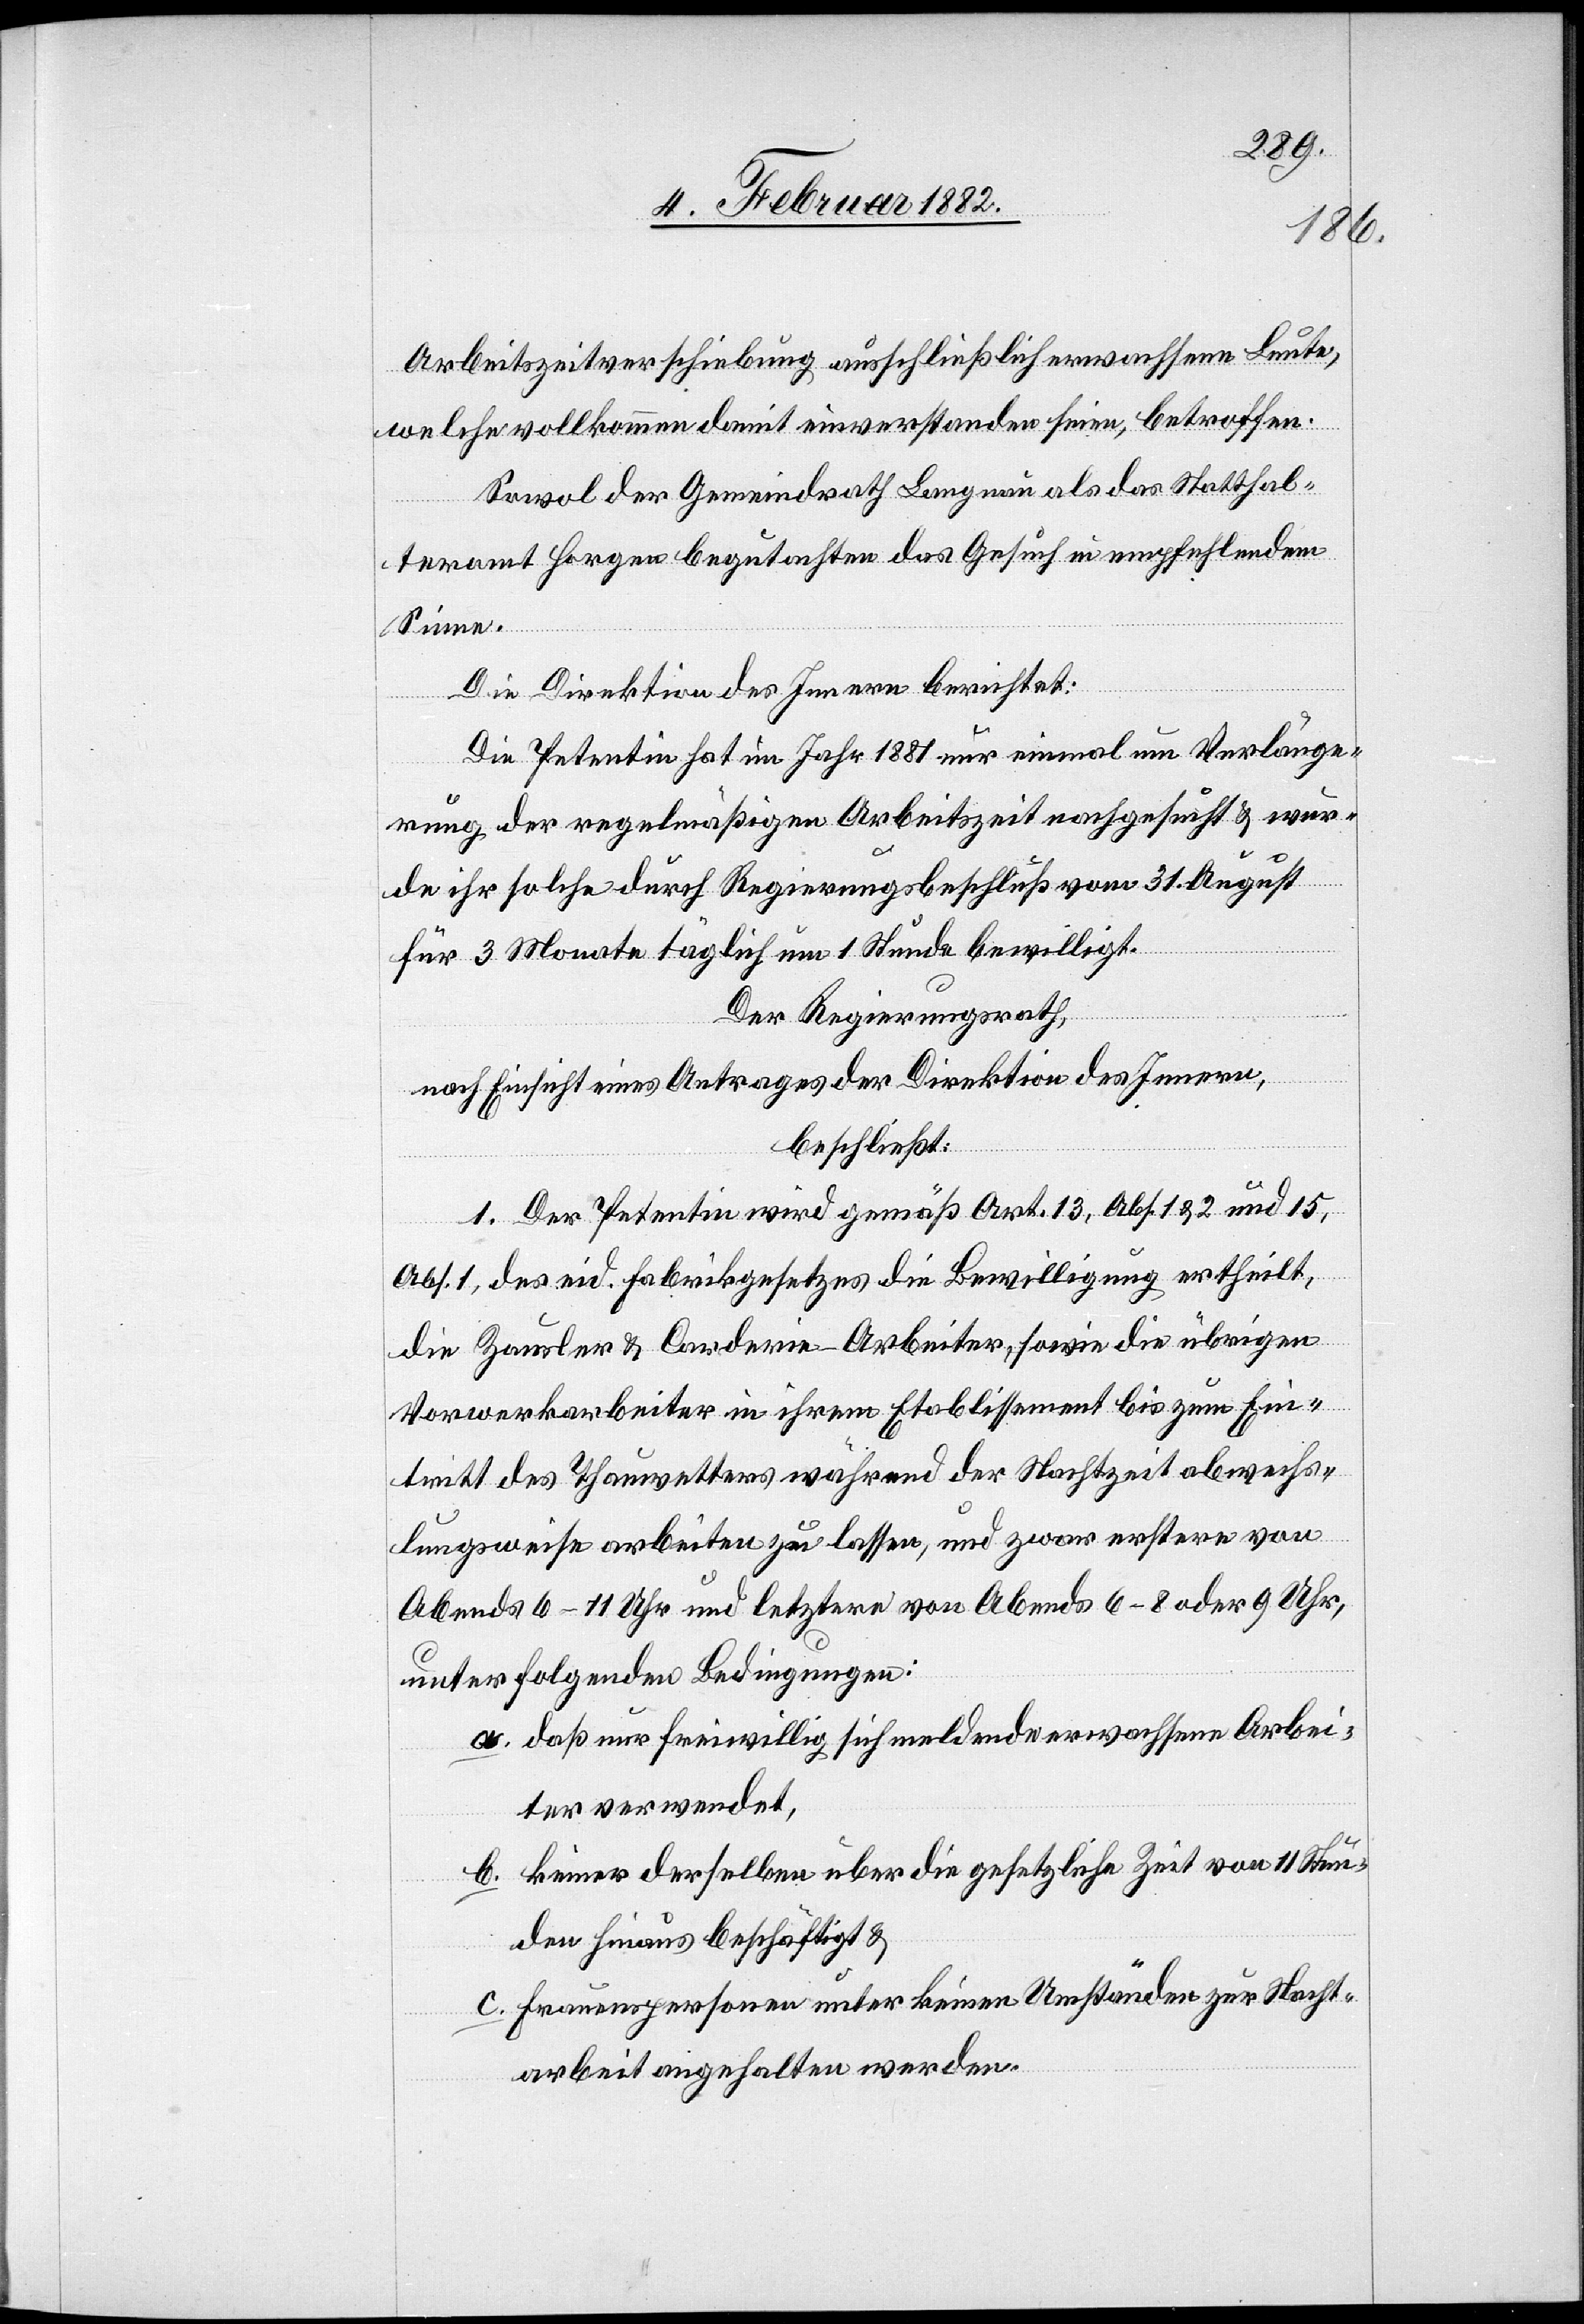
Arbeitszeitverschiebung ausschließlich erwachsene Leute,
welche vollkommen damit einverstanden seien, betroffen.
Sowol der Gemeindrath Langnau als das Statthal¬
teramt Horgen begutachten das Gesuch in empfehlendem
Sinne.
Die Direktion des Innern berichtet:
Die Petentin hat im Jahr 1881 nur einmal um Verlänge¬
rung der regelmäßigen Arbeitszeit nachgesucht & wer¬
de ihr solche durch Regierungsbeschluß vom 31. August
für 3 Monate täglich um 1 Stunde bewilligt.
Der Regierungsrath,
nach Einsicht eines Antrages der Direktion des Innern,
beschließt:
1. Der Petentin wird gemäß Art. 13, Abs. 1 § 2 und 15,
Abs. 1, des eid. Fabrikgesetzes die Bewilligung ertheilt,
die Zausler & Carderin-Arbeiter, sowie die übrigen
Vorwerkarbeiter in ihrem Etablissement bis zum Ein¬
tritt des Thauwetters während der Nachtzeit abwechs¬
lungsweise arbeiten zu lassen, und zwar erstere von
Abends 6–11 Uhr und letztere von Abends 6–8 oder 9 Uhr,
unter folgenden Bedingungen:
a. daß nur freiwillig sich meldende erwachsene Arbei¬
ter verwendet,
b. keiner derselben über die gesetzliche Zeit von 11 Stun¬
den hinaus beschäftigt &
c. Frauenspersonen unter keinen Umständen zur Nacht¬
arbeit angehalten werden.